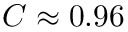
C \approx 0 . 9 6